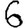
Digit: 6